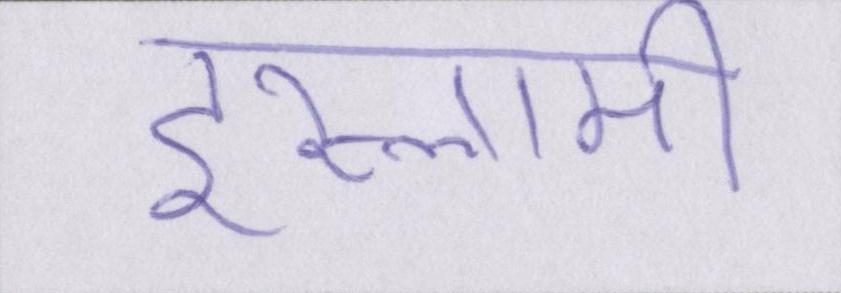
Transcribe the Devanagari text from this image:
इस्लामी